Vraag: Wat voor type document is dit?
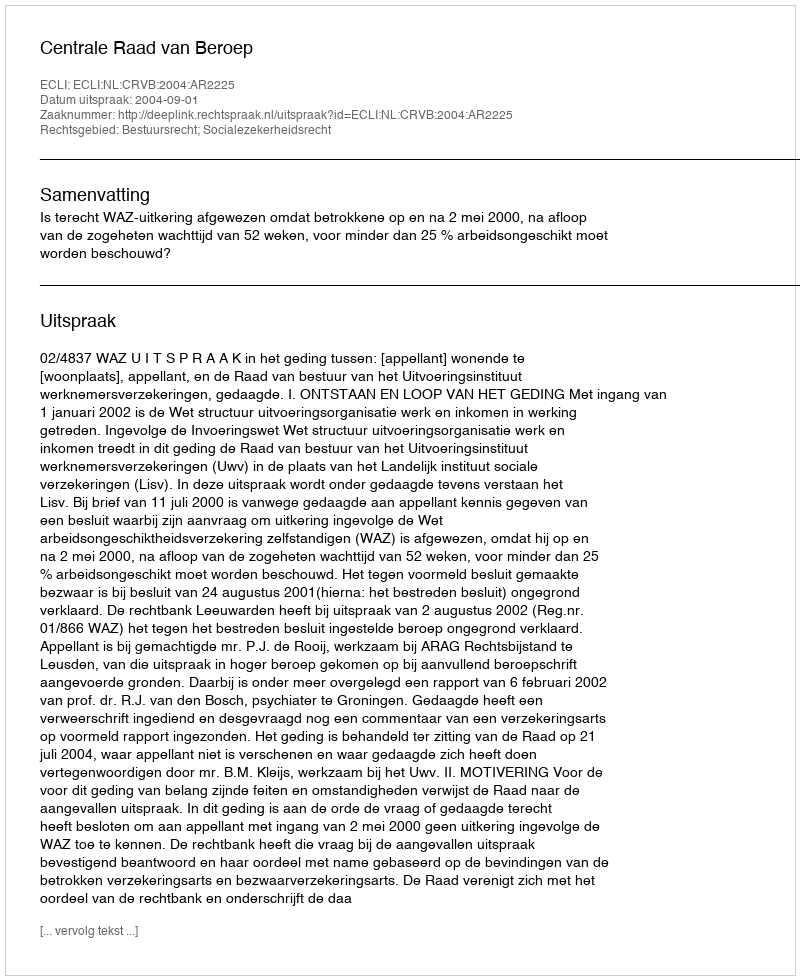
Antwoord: Uitspraak